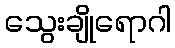
သွေးချိုရောဂါ